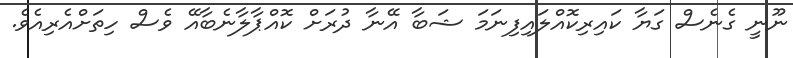
ނޫނީ ގެނެސް ގަޔާ ކައިރިކޮއްލައިފިނަމަ ޝަބާ އޭނާ ދުރަށް ކޮއްޕާލާނެބާއޭ ވެސް ހިތަށްއެރިއެވެ.